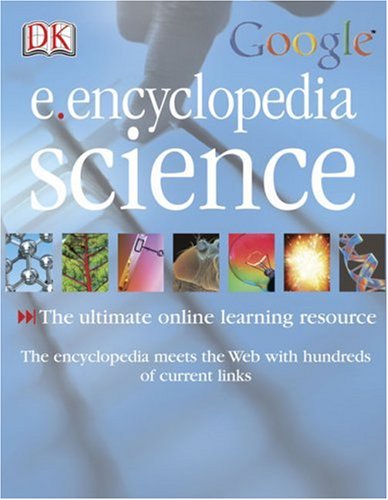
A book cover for DK Google E.encyclopedia: Science; Chris Woodford; Children's Books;